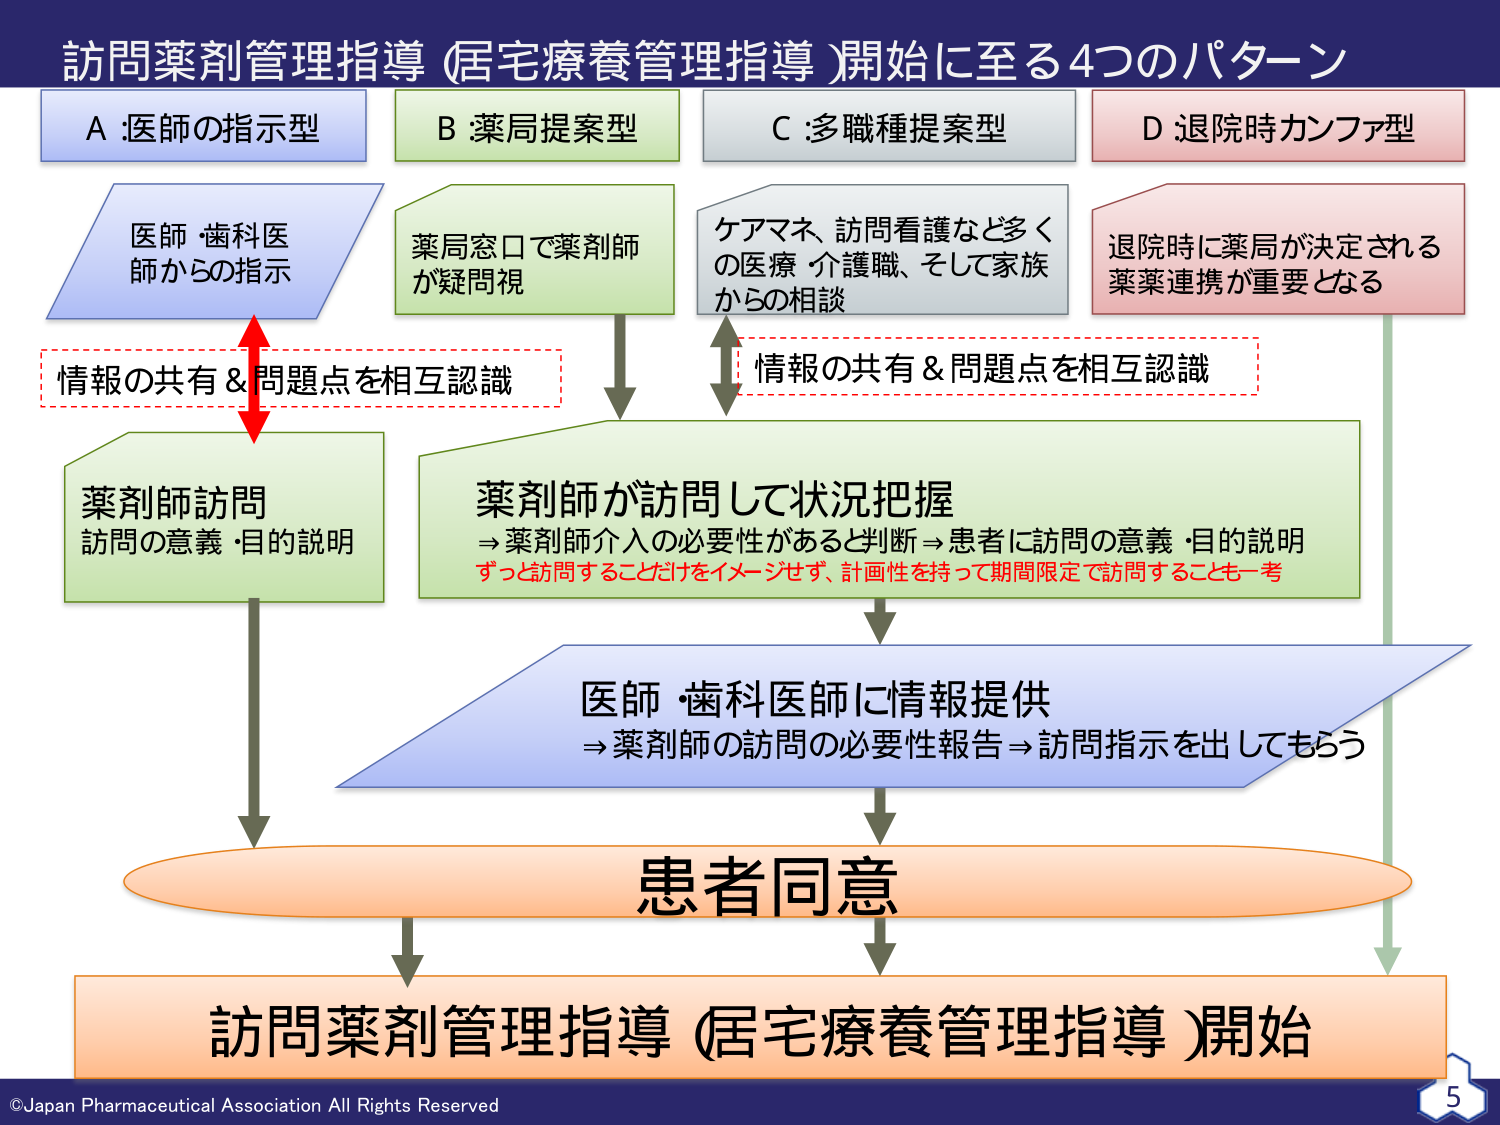
訪問薬剤管理指導（居宅療養管理指導）開始に至る4つのパターン

A：医師の指示型
医師・歯科医師からの指示

B：薬局提案型
薬局窓口で薬剤師が疑問視

C：多職種提案型
ケアマネ、訪問看護など多くの医療・介護職、そして家族からの相談

D：退院時カンファ型
退院時に薬局が決定される薬薬連携が重要となる

情報の共有＆問題点を相互認識

薬剤師訪問
訪問の意義・目的説明

薬剤師が訪問して状況把握
→薬剤師介入の必要性があると判断→患者に訪問の意義・目的説明
ずっと訪問することだけをイメージせず、計画性を持って期間限定で訪問することも一考

医師・歯科医師に情報提供
→薬剤師の訪問の必要性報告→訪問指示を出してもらう

患者同意

訪問薬剤管理指導（居宅療養管理指導）開始

©Japan Pharmaceutical Association All Rights Reserved
5